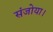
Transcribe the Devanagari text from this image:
संजोया।